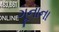
ગૂનાના